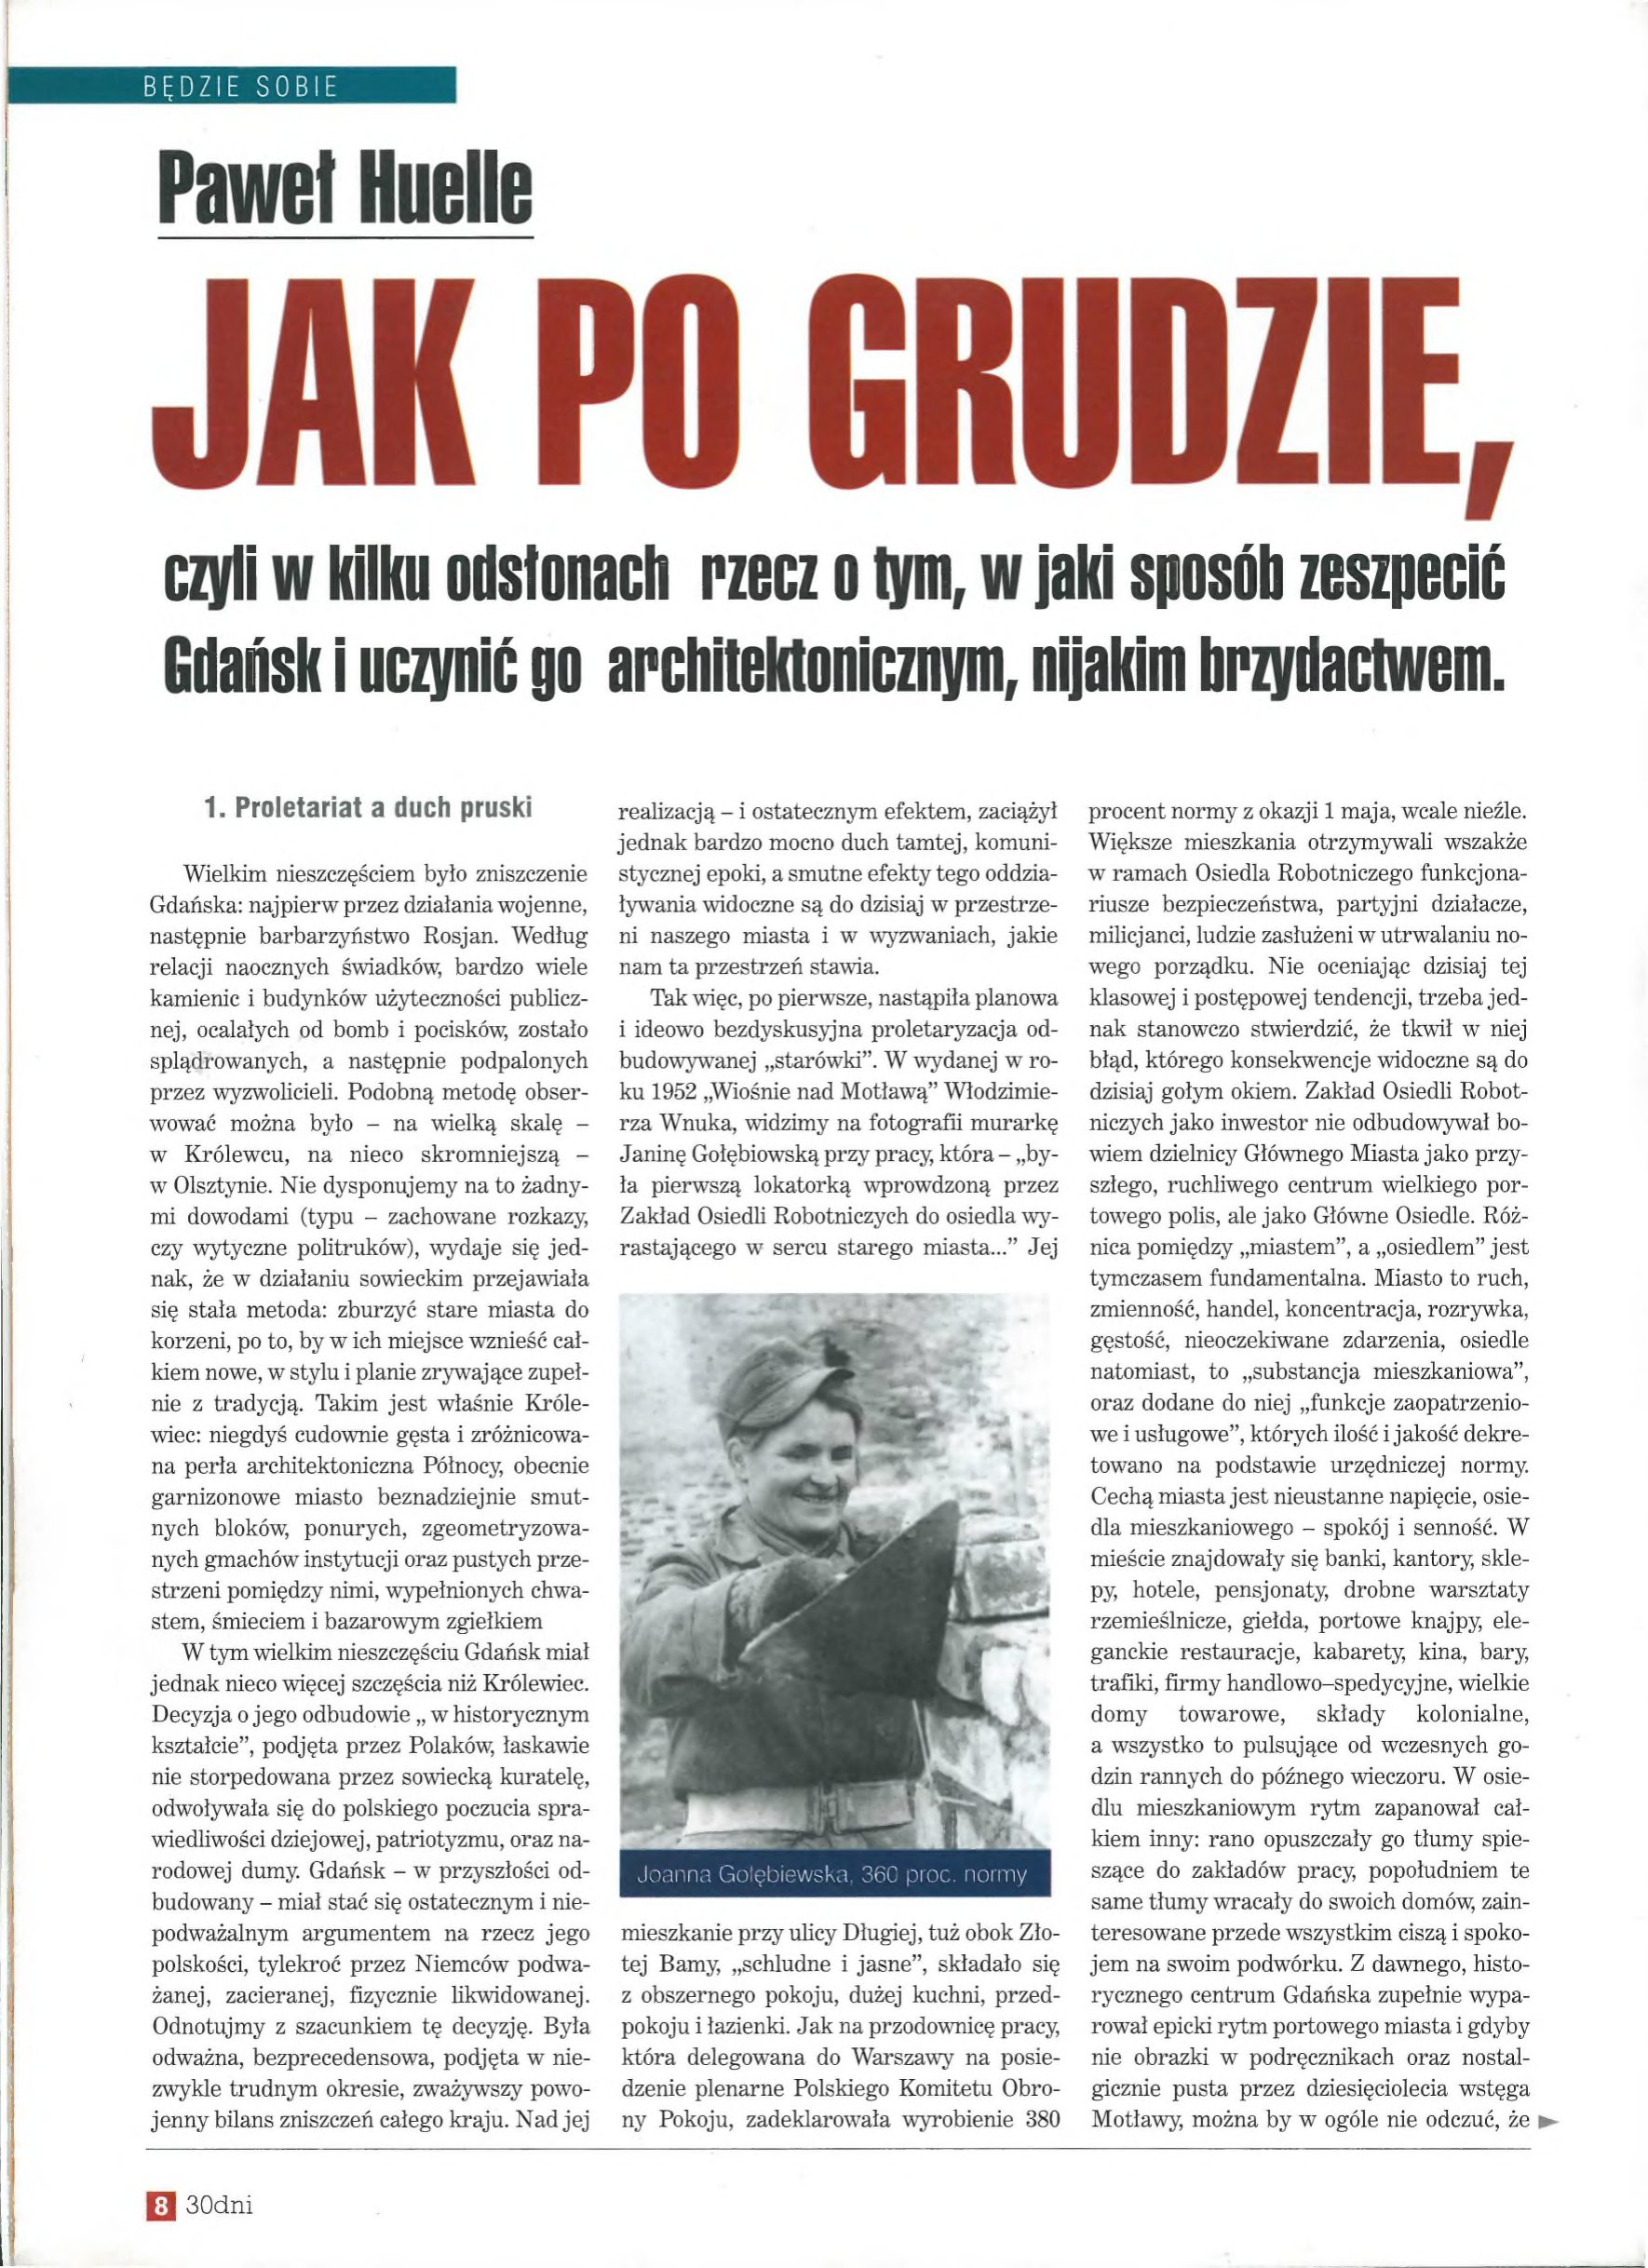
Language: pl